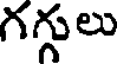
గగ్గులు